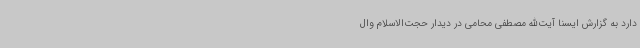
دارد به گزارش ایسنا آیت‌الله مصطفی محامی در دیدار حجت‌الاسلام وال